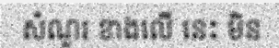
សំណួរ ខាងលើ នេះ មិន